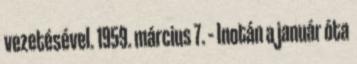
vezetésével. 1959. március 7. – Inotán a január óta